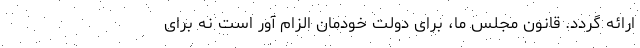
ارائه گردد. قانون مجلس ما، برای دولت خودمان الزام آور است نه برای